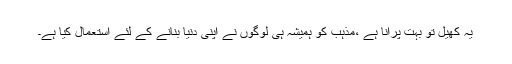
یہ کھیل تو بہت پرانا ہے ،مذہب کو ہمیشہ ہی لوگوں نے اپنی دنیا بنانے کے لئے استعمال کیا ہے۔